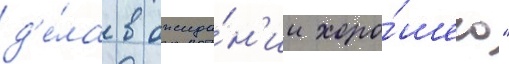
д'е́ла в ожида́н'ии хоро́шего"